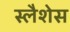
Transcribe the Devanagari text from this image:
स्लैशेस